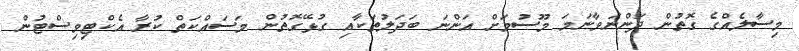
މިސާލެއްގެ ގޮތުން ދަންނަވާނަމަ މޫސުމަށް އަންނަ ބަދަލުތަކާއި ގުޅޭގޮތުން މަސައްކަތް ކުރާ އެކްޓިވިސްޓުން